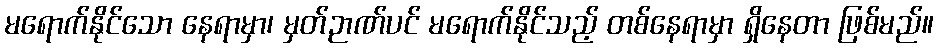
မရောက်နိုင်သော နေရာမှာ၊ မှတ်ဉာဏ်ပင် မရောက်နိုင်သည့် တစ်နေရာမှာ ရှိနေတာ ဖြစ်မည်။